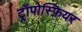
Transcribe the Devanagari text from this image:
ट्रॉपोस्फ़ियर